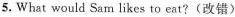
5.What would Sam likes to eat?(改错〉